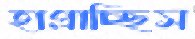
হাপ্‌রাচ্ছিস